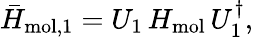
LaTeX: {\bar{H}}_{\mathrm{mol},1}=U_{1}\, H_{\mathrm{mol}}\, U_{1}^{\dagger},